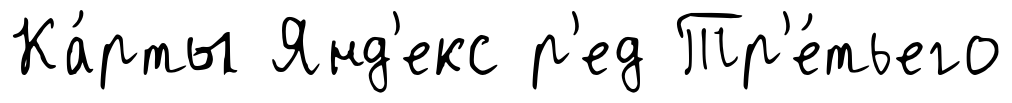
Ка́рты Янд'екс р'ед Тр'е́тьего